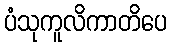
ပံသုကူလိကာတိပေ